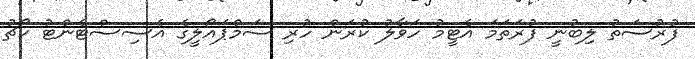
ފުރުސަތު ލިބުނީ ފުރަތަމަ އެޓީމު ހަވާލު ކުރަން ހުރި ސަމްޕައޯލީގެ އެސިސްޓެންޓު ކޯޗު